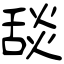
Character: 舕